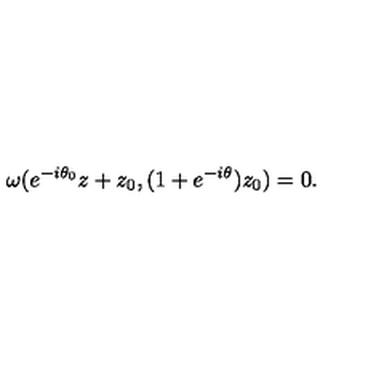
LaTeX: \omega ( e ^ { - i \theta _ { 0 } } z + z _ { 0 } , ( 1 + e ^ { - i \theta } ) z _ { 0 } ) = 0 .